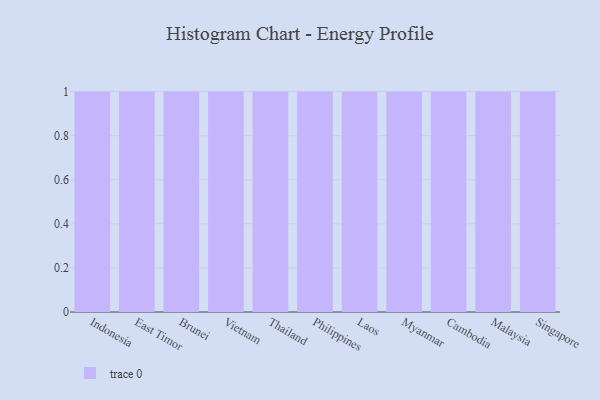
{"axis": {"x": "Country", "y": "Temperature (°C)"}, "legend": [""], "data": [{"x": "Indonesia", "y": 63, "type": ""}, {"x": "East Timor", "y": 78, "type": ""}, {"x": "Brunei", "y": 36, "type": ""}, {"x": "Vietnam", "y": 1, "type": ""}, {"x": "Thailand", "y": 38, "type": ""}, {"x": "Philippines", "y": 87, "type": ""}, {"x": "Laos", "y": 61, "type": ""}, {"x": "Myanmar", "y": 100, "type": ""}, {"x": "Cambodia", "y": 33, "type": ""}, {"x": "Malaysia", "y": 94, "type": ""}, {"x": "Singapore", "y": 29, "type": ""}]}